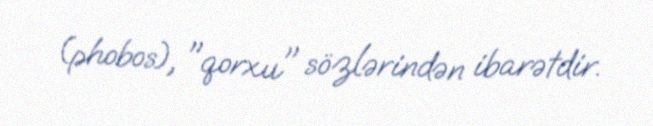
(phobos), "qorxu" sözlərindən ibarətdir.